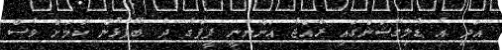
އަދި އެ ޑެލިގޭޝަންގައި ރާއްޖެ އަންނާނީ ފީފާގެ ދެ ބޭފުޅުން ކަމަށް ވެސް